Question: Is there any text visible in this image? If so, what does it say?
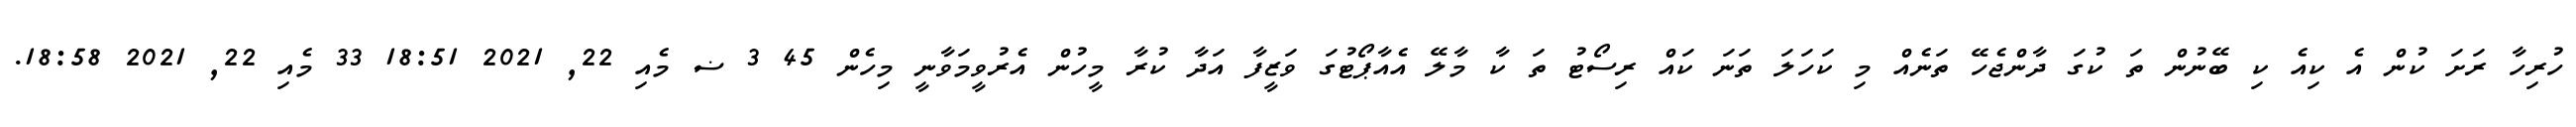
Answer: ހުރިހާ ރަށަ ކުން އެ ކިއެ ކި ބޭނުން ތަ ކުގަ ދާންޖެހޭ ތަނެއް މި ކަހަލަ ތަނަ ކައް ރިސޯޓު ތަ ކާ މާލޭ އެއާޕޯޓުގަ ވަޒީފާ އަދާ ކުރާ މީހުން އެރުވީމަވާނީ މިހެން 45 3 ޟ މެއި 22, 2021 18:51 33 މެއި 22, 2021 18:58.